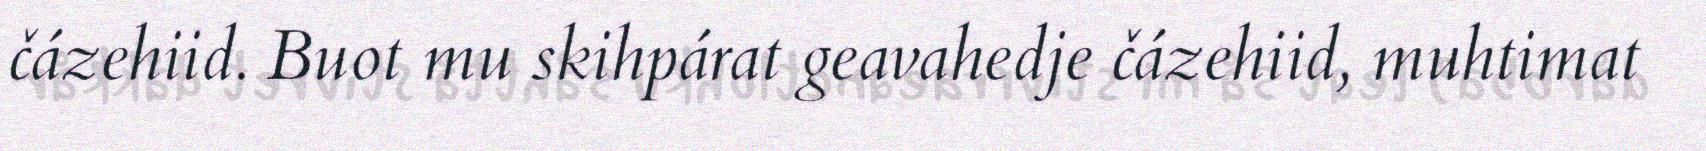
čázehiid. Buot mu skihpárat geavahedje čázehiid, muhtimat